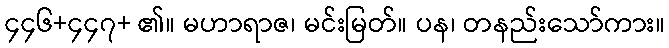
၄၄၆+၄၄၇+ ၏။ မဟာရာဇ၊ မင်းမြတ်။ ပန၊ တနည်းသော်ကား။